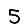
Digit: 5